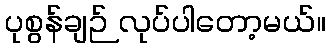
ပုစွန်ချဉ် လုပ်ပါတော့မယ်။